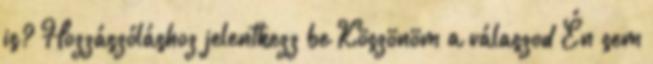
is? Hozzászóláshoz jelentkezz be Köszönöm a válaszod Én sem